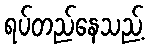
ရပ်တည်နေသည့်